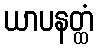
ယာပနတ္ထံ